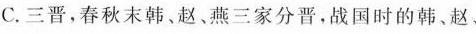
C.三晋,春秋末韩、赵、燕三家分晋,战国时的韩、赵、